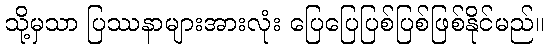
သို့မှသာ ပြဿနာများအားလုံး ပြေပြေပြစ်ပြစ်ဖြစ်နိုင်မည်။